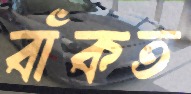
বাঁকত